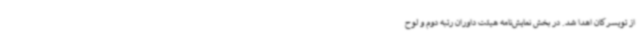
از تویسرکان اهدا شد. در بخش نمایش‌نامه هیئت داوران رتبه دوم و لوح